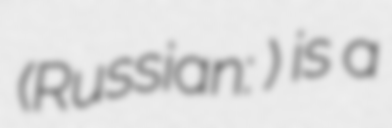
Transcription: (Russian: Хвостово) is a